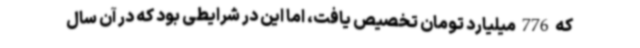
که 776 میلیارد تومان تخصیص یافت، اما این در شرایطی بود که در آن سال